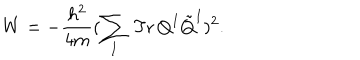
W = - \frac { h ^ { 2 } } { 4 m } ( \sum _ { I } \, \mathrm { T r } \, Q ^ { I } \tilde { Q } ^ { I } ) ^ { 2 } .